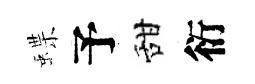
蝶予甜衍